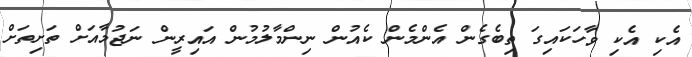
އެކި އެކި ވާހަކައިގަ ތިބެގެން އެންމެން ކެއުން ނިންމާލުމުން އައިރީން ނަޖުމާއަށް ތަށިތަށް